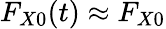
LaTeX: F_{X0}(t)\approx F_{X0}